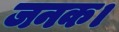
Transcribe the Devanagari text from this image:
जनक।